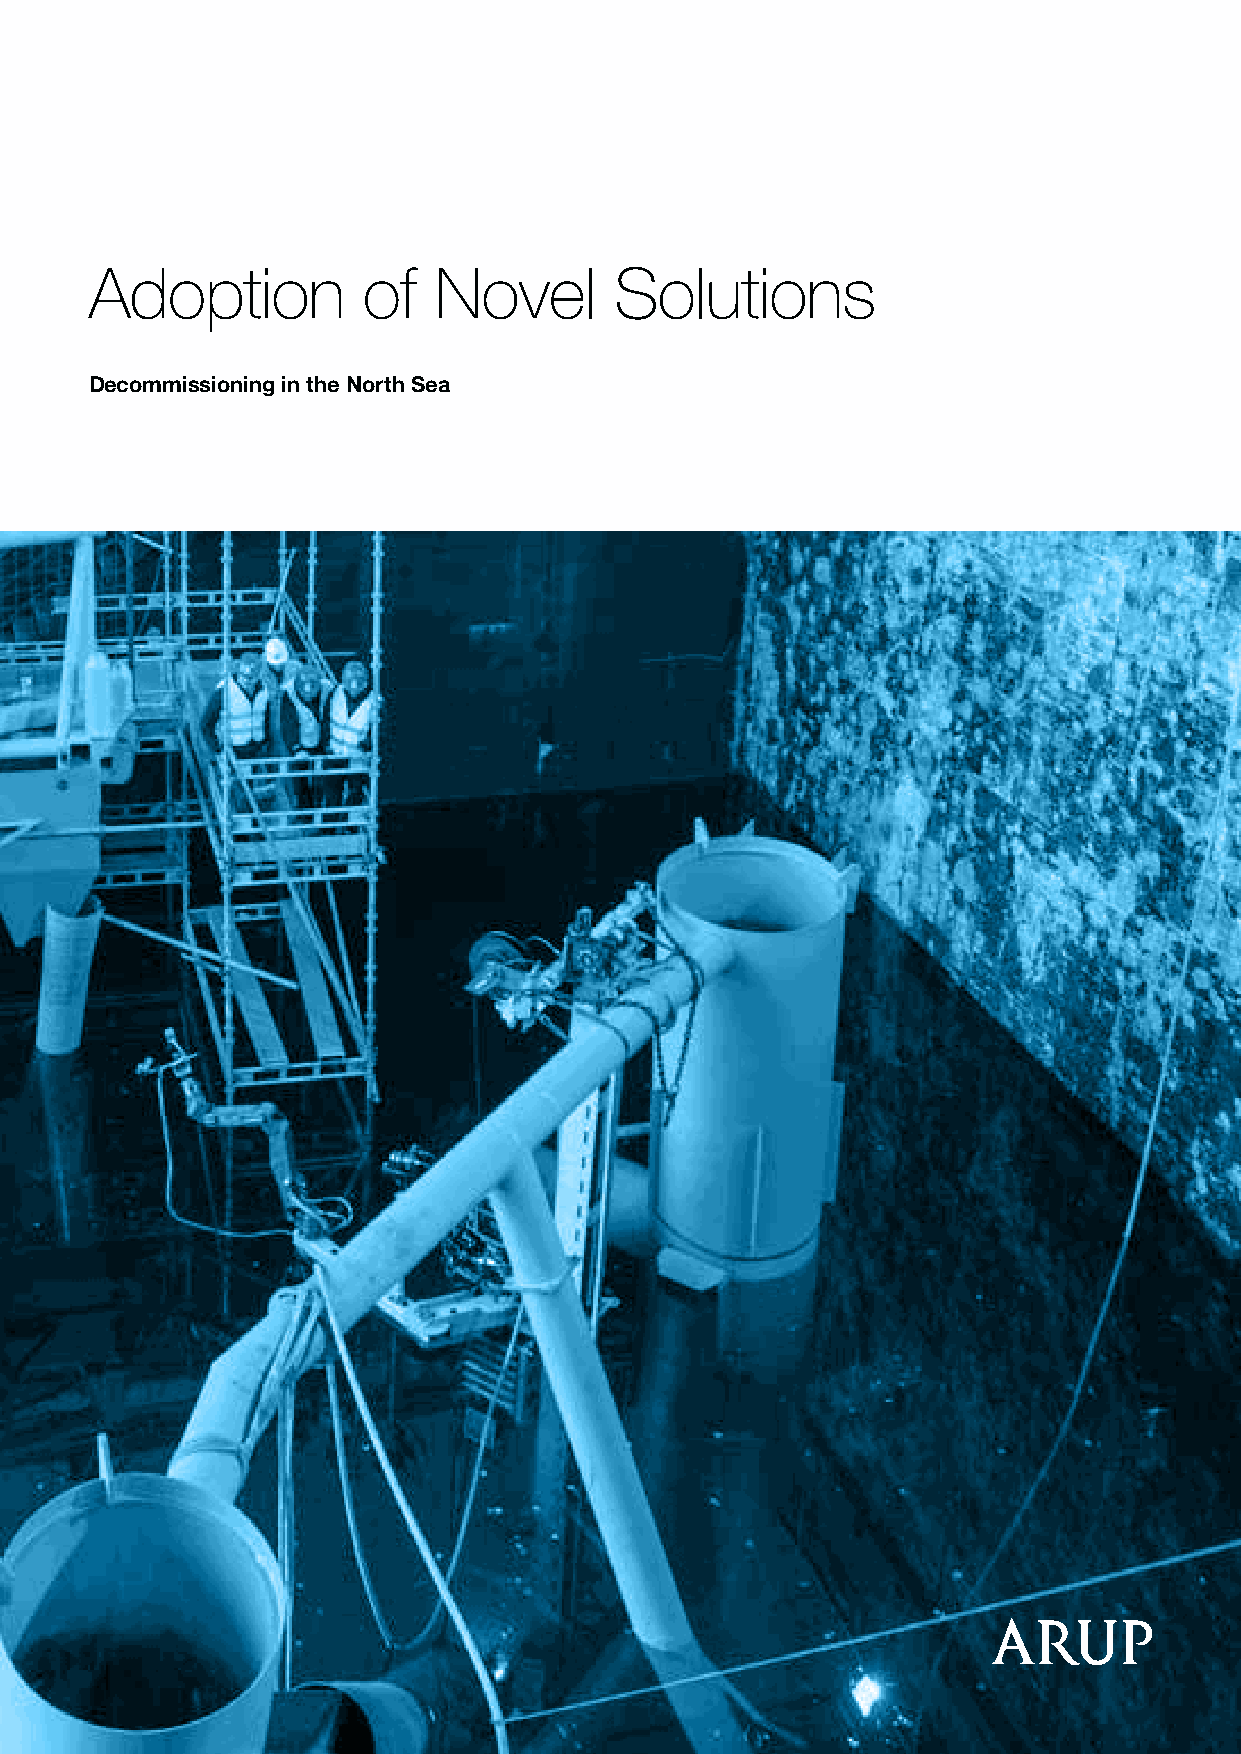
Adoption          of   Novel       Solutions
 Decommissioning in the North Sea